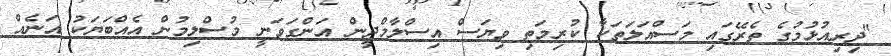
"ދިރިއުޅުމުގެ ތެރޭގައި މަސްއަލަތަކާ ކުރިމަތި ވިޔަސް އިސްލާމްދީން އަންގަވަނީ މުސްލިމުން އެއްބަޔަކު އަނެއް